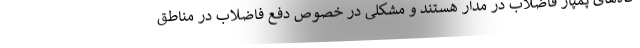
گاه‌های پمپاژ فاضلاب در مدار هستند و مشکلی در خصوص دفع فاضلاب در مناطق